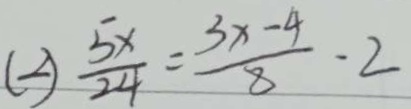
( 2 ) \frac { 5 x } { 2 4 } = \frac { 3 x - 4 } { 8 } - 2